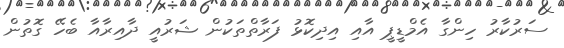
ސަރުކާރު ހިންގާ އެމްޑީޕީ އާއި އިދިކޮޅު ފަރާތްތަކުން ޝަރުއީ ދާއިރާއާ ބެހޭ ގޮތުން